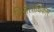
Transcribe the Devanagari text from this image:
विजेताधिकार